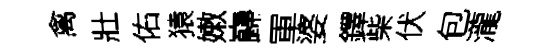
禽壯佑猿嫩巋軍婆鐸柴伏包瀧